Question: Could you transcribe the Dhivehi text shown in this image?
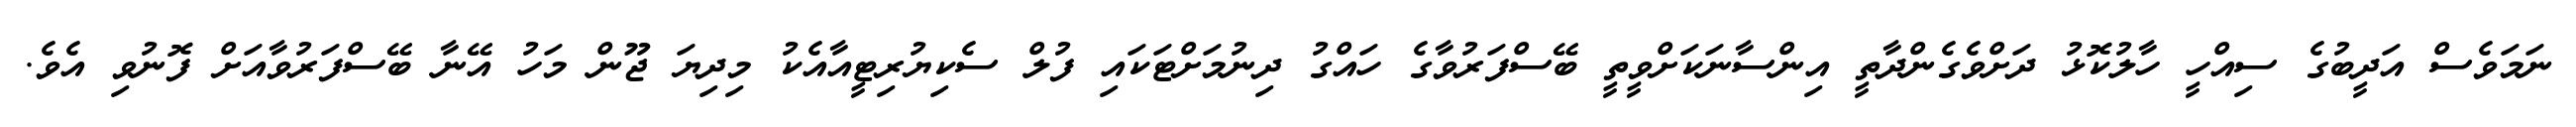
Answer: ނަމަވެސް އަދީބުގެ ސިއްހީ ހާލުކޮޅު ދަށްވެގެންދާތީ އިންސާނަކަށްވީތީ ބޭސްފަރުވާގެ ހައްގު ދިނުމަށްޓަކައި ފުލް ސެކިޔުރިޓީއާއެކު މިދިޔަ ޖޫން މަހު އޭނާ ބޭސްފަރުވާއަށް ފޮނުވި އެވެ.